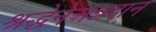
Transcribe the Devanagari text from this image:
श्रद्धेनेअन्नदान